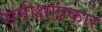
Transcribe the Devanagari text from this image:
समीक्षाप्रकार